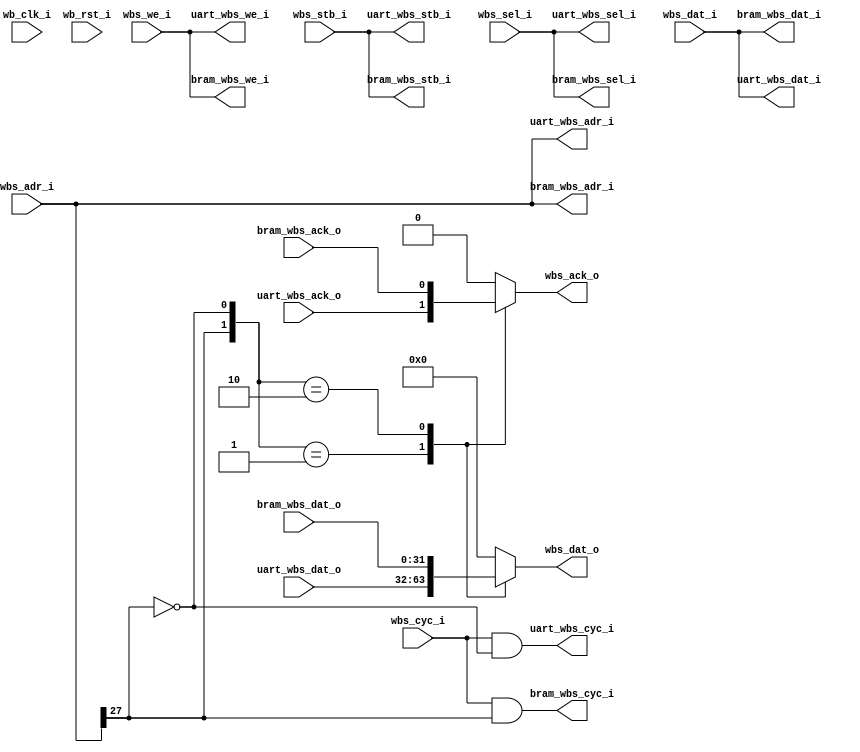
// SPDX-FileCopyrightText: 2020 Efabless Corporation
//
// Licensed under the Apache License, Version 2.0 (the "License");
// you may not use this file except in compliance with the License.
// You may obtain a copy of the License at
//
//      http://www.apache.org/licenses/LICENSE-2.0
//
// Unless required by applicable law or agreed to in writing, software
// distributed under the License is distributed on an "AS IS" BASIS,
// WITHOUT WARRANTIES OR CONDITIONS OF ANY KIND, either express or implied.
// See the License for the specific language governing permissions and
// limitations under the License.
// SPDX-License-Identifier: Apache-2.0

//`default_nettype none
/*
 *-------------------------------------------------------------
 *
 * user_proj_example
 *
 * This is an example of a (trivially simple) user project,
 * showing how the user project can connect to the logic
 * analyzer, the wishbone bus, and the I/O pads.
 *
 * This project generates an integer count, which is output
 * on the user area GPIO pads (digital output only).  The
 * wishbone connection allows the project to be controlled
 * (start and stop) from the management SoC program.
 *
 * See the testbenches in directory "mprj_counter" for the
 * example programs that drive this user project.  The three
 * testbenches are "io_ports", "la_test1", and "la_test2".
 *
 *-------------------------------------------------------------
 */

`define UART_ADDR 'h3000_0000;
`define RAM_ADDR 'h3800_0000;

module WB_Decoder #(
    parameter BITS = 32,
    parameter DELAYS=10
)(
`ifdef USE_POWER_PINS
    inout vccd1,	// User area 1 1.8V supply
    inout vssd1,	// User area 1 digital ground
`endif

    // Wishbone Slave ports (WB MI A)
    input wb_clk_i,
    input wb_rst_i,
    input wbs_stb_i,
    input wbs_cyc_i,
    input wbs_we_i,
    input [3:0] wbs_sel_i,
    input [31:0] wbs_dat_i,
    input [31:0] wbs_adr_i,
    output reg wbs_ack_o,
    output reg [31:0] wbs_dat_o,

    // UART Wishbone interface
    output uart_wbs_stb_i,
    output uart_wbs_cyc_i,
    output uart_wbs_we_i,
    output [3:0] uart_wbs_sel_i,
    output [31:0] uart_wbs_dat_i,
    output [31:0] uart_wbs_adr_i,
    input uart_wbs_ack_o,
    input [31:0] uart_wbs_dat_o,

    // BRAM Wishbone interface
    output bram_wbs_stb_i,
    output bram_wbs_cyc_i,
    output bram_wbs_we_i,
    output [3:0] bram_wbs_sel_i,
    output [31:0] bram_wbs_dat_i,
    output [31:0] bram_wbs_adr_i,
    input bram_wbs_ack_o,
    input [31:0] bram_wbs_dat_o
);
    //=====================================================================
    //   REG AND WIRE DECLARATION
    //=====================================================================
    wire clk;
    wire rst;

    //========== WB Decoder ==========
    reg [1:0] sel;
    // RAM
    wire ram_wbs_cyc_i;
    // wire ram_wbs_ack_o;
    // wire [31:0] ram_wbs_dat_o;
    // FIR
    wire fir_wbs_cyc_i;
    // wire fir_wbs_ack_o;
    // wire [31:0] fir_wbs_dat_o;

    //=====================================================================
    //   DATA PATH & CONTROL
    //=====================================================================
    assign clk = wb_clk_i;
    assign rst = wb_rst_i;

    // UART_ADDR = 0x3000_0000 = 0011_0000_...
    // BRAM_ADDR = 0x3800_0000 = 0011_1000_...
    always @(*) begin
        sel[0] = ~wbs_adr_i[27];    // UART
        sel[1] = wbs_adr_i[27];     // RAM
    end

    assign ram_wbs_cyc_i = wbs_cyc_i & sel[1];
    assign fir_wbs_cyc_i = wbs_cyc_i & sel[0];

    always @(*) begin
        case (sel)
            'b01: wbs_dat_o = uart_wbs_dat_o;
            'b10: wbs_dat_o = bram_wbs_dat_o;
            default: wbs_dat_o = 32'b0;
        endcase
    end

    always @(*) begin
        case (sel)
            'b01: wbs_ack_o = uart_wbs_ack_o;
            'b10: wbs_ack_o = bram_wbs_ack_o;
            default: wbs_ack_o = 1'b0;
        endcase
    end

    //========== Exmem-FIR ==========
    /*
    bram_wb user_bram (
        .wb_clk_i   (clk),
        .wb_rst_i   (rst),
        .wbs_stb_i  (wbs_stb_i),
        .wbs_cyc_i  (ram_wbs_cyc_i),
        .wbs_we_i   (wbs_we_i),
        .wbs_sel_i  (wbs_sel_i),
        .wbs_dat_i  (wbs_dat_i),
        .wbs_adr_i  (wbs_adr_i),
        .wbs_ack_o  (ram_wbs_ack_o),
        .wbs_dat_o  (ram_wbs_dat_o)
    );
    */
    assign bram_wbs_stb_i = wbs_stb_i;
    assign bram_wbs_cyc_i = ram_wbs_cyc_i;
    assign bram_wbs_we_i = wbs_we_i;
    assign bram_wbs_sel_i = wbs_sel_i;
    assign bram_wbs_dat_i = wbs_dat_i;
    assign bram_wbs_adr_i = wbs_adr_i;

    //========== UART ==========
    assign uart_wbs_stb_i = wbs_stb_i;
    assign uart_wbs_cyc_i = fir_wbs_cyc_i;
    assign uart_wbs_we_i = wbs_we_i;
    assign uart_wbs_sel_i = wbs_sel_i;
    assign uart_wbs_dat_i = wbs_dat_i;
    assign uart_wbs_adr_i = wbs_adr_i;

    /*
    //========== Verilog-FIR ==========
    fir_wb user_fir (
        .wb_clk_i   (clk),
        .wb_rst_i   (rst),
        .wbs_stb_i  (wbs_stb_i),
        .wbs_cyc_i  (fir_wbs_cyc_i),
        .wbs_we_i   (wbs_we_i),
        .wbs_sel_i  (wbs_sel_i),
        .wbs_dat_i  (wbs_dat_i),
        .wbs_adr_i  (wbs_adr_i),
        .wbs_ack_o  (fir_wbs_ack_o),
        .wbs_dat_o  (fir_wbs_dat_o)
    );
    */

endmodule



`default_nettype wire